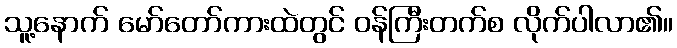
သူ့နောက် မော်တော်ကားထဲတွင် ဝန်ကြီးတက်စ လိုက်ပါလာ၏။